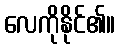
လေကိုနိုင်၏။